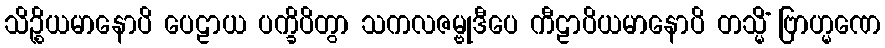
သိဉ္စိယမာနောပိ ပေဠာယ ပက္ခိပိတွာ သကလဇမ္ဗုဒီပေ ကီဠာပိယမာနောပိ တသ္မိံ ဗြာဟ္မဏေ